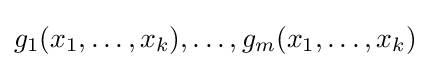
g_{1}(x_{1},\ldots ,x_{k}),\ldots ,g_{m}(x_{1},\ldots ,x_{k})